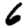
Digit: 6